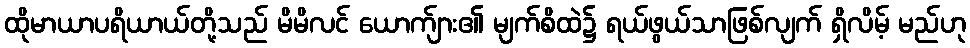
ထိုမာယာပရိယာယ်တို့သည် မိမိလင် ယောက်ျား၏ မျက်စိထဲ၌ ရယ်ဖွယ်သာဖြစ်လျက် ရှိလိမ့် မည်ဟု